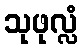
သုဖုလ္လံ